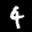
Label: 4